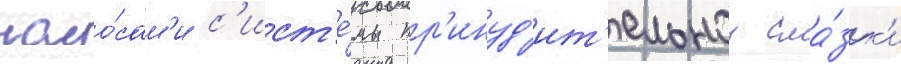
насо́сам'и с'ист'е́мы пр'инуд'ит'ельнои сма́зк'и